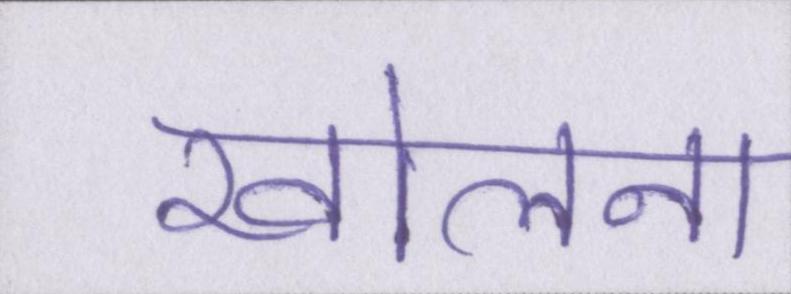
खोलना